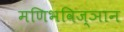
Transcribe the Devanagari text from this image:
मणिभविज्ञान